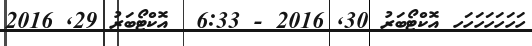
ހަހަހަހަހަހަހ އޮކްޓޯބަރު 30